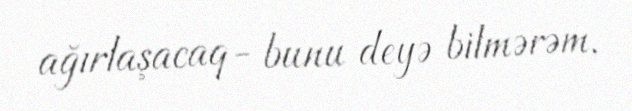
ağırlaşacaq- bunu deyə bilmərəm.